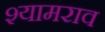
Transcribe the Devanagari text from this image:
श्‍यामराव